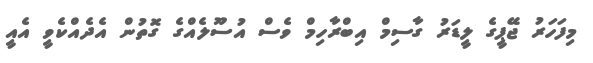
މިފަހަރު ޖޭޕީގެ ލީޑަރު ގާސިމް އިބްރާހިމް ވެސް އުސޫލެއްގެ ގޮތުން އެދެއްކެވީ އެއީ